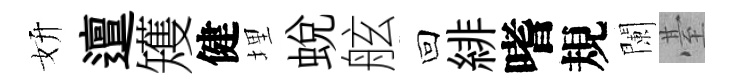
妍邅矱健埋蛻舷回緋嗜規闌䑓